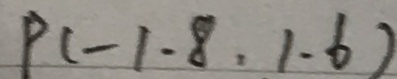
P ( - 1 . 8 , 1 . 6 )